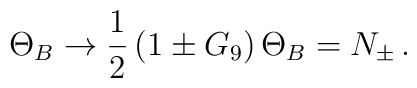
\Theta_B \to \frac{1}{2} \left( 1 \pm G_9 \right) \Theta_B = N_\pm  \,.